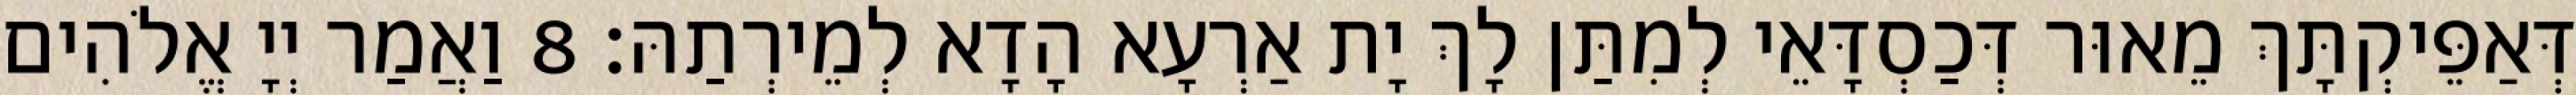
דְּאַפֵּיקְתָּךְ מֵאוּר דְּכַסְדָּאֵי לְמִתַּן לָךְ יָת אַרְעָא הָדָא לְמֵירְתַהּ׃ 8 וַאֲמַר יְיָ אֱלֹהִים